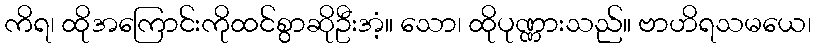
ကိရ၊ ထိုအကြောင်းကိုထင်စွာဆိုဦးအံ့။ သော၊ ထိုပုဏ္ဏားသည်။ ဗာဟိရသမယေ၊